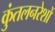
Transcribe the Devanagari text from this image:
कुंतलनरेशों